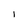
Character: 1